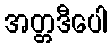
အတ္တဒီပေါ